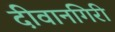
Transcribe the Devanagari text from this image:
दीवानगिरी